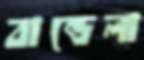
বান্ডেলা